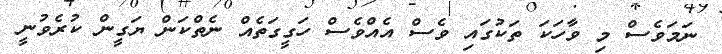
ނަމަވެސް މި ވާހަކަ ތަކުގައި ވެސް އެއްވެސް ހަގީގަތެއް ނެތްކަން ޔަގީން ކުރެވުނީ